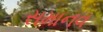
સમાનવ